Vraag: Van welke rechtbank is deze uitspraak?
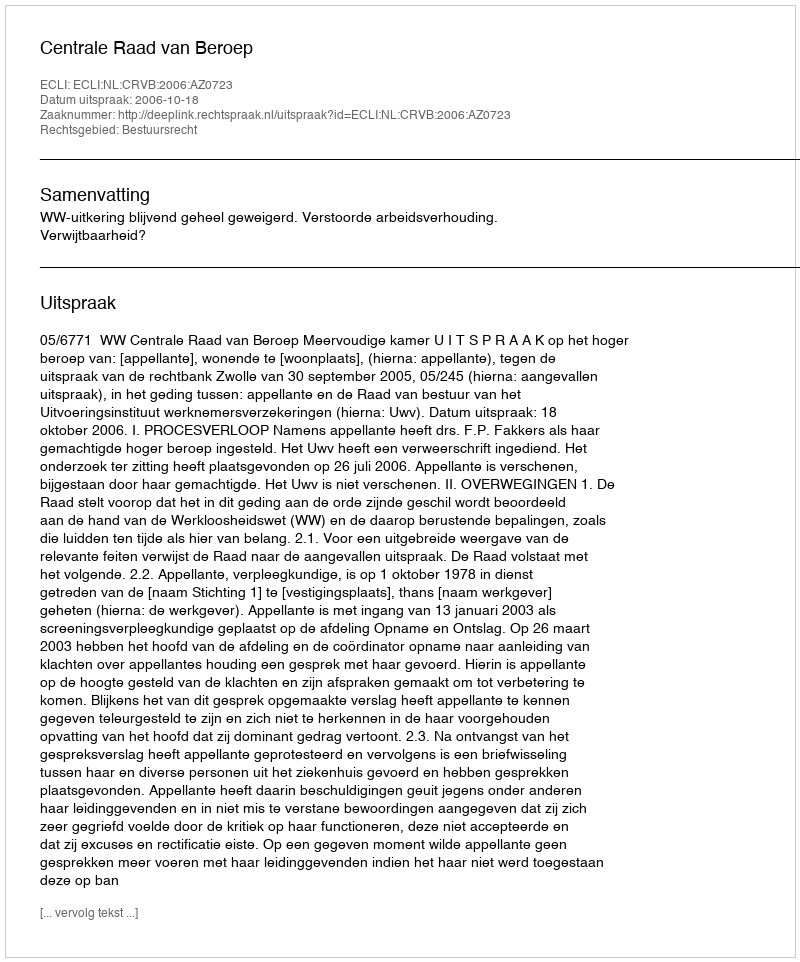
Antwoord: Centrale Raad van Beroep